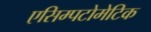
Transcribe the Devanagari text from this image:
एसिम्पटोमेटिक